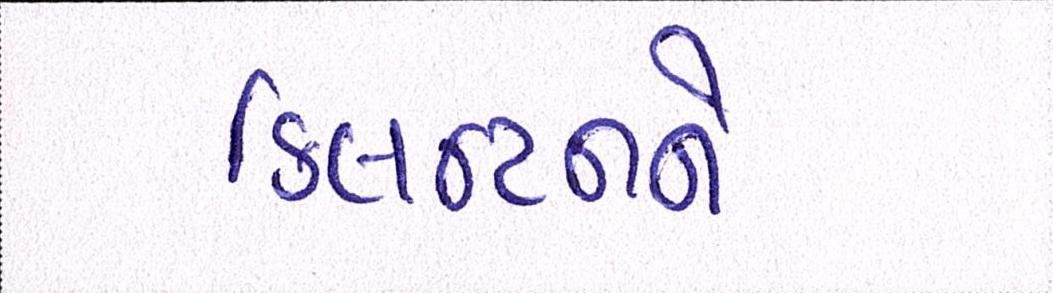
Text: ક્લિન્ટનને